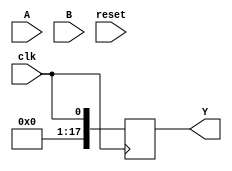
module alu_conv(A, B, clk, reset, Y);
        input  wire     [15:0] A;
        input  wire     [15:0] B;
        input  wire           clk;
        input  wire           reset;
	output reg      [17:0] Y;
        reg [15:0]A_int;
        reg [15:0]B_int;
        reg [17:0]C_int;
        reg [1:0] state;
        parameter S0=2'b00,S1=2'b01,S2=2'b10,S3=2'b11;
        always @(posedge clk) begin
                Y <= clk;
      //          if(!reset)begin
                             	A_int<=0;
                                B_int<=0;
                                C_int<=0;
                                state <= S0;
       //         end
     //           else
       		case(state)
                	S0: begin
                                A_int <= A;
                                B_int <= B;
                                state <= S1;
                            end      
                        S1: begin
                                C_int <= A_int + B_int;
                                state <= S2; 	
                            end
                        S2: begin

                                C_int <= A_int + C_int;
                                state <= S3;
                            end
                        S3: begin
                                state <= S3;
                               // Y <= C_int;
                            end
                endcase
                end
endmodule